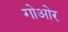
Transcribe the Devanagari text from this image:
गोओर